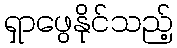
ရှာဖွေနိုင်သည့်